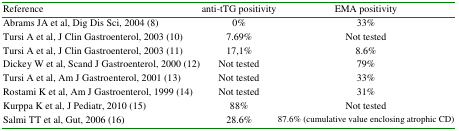
<table><thead><tr><td><b>Reference</b></td><td><b>anti-tTG positivity</b></td><td><b>EMA positivity</b></td></tr></thead><tbody><tr><td>Abrams JA et al, Dig Dis Sci, 2004 (8)</td><td>0%</td><td>33%</td></tr><tr><td>Tursi A et al, J Clin Gastroenterol, 2003 (10)</td><td>7.69%</td><td>Not tested</td></tr><tr><td>Tursi A et al, J Clin Gastroenterol, 2003 (11)</td><td>17,1%</td><td>8.6%</td></tr><tr><td>Dickey W et al, Scand J Gastroenterol, 2000 (12)</td><td>Not tested</td><td>79%</td></tr><tr><td>Tursi A et al, Am J Gastroenterol, 2001 (13)</td><td>Not tested</td><td>33%</td></tr><tr><td>Rostami K et al, Am J Gastroenterol, 1999 (14)</td><td>Not tested</td><td>31%</td></tr><tr><td>Kurppa K et al, J Pediatr, 2010 (15)</td><td>88%</td><td>Not tested</td></tr><tr><td>Salmi TT et al, Gut, 2006 (16)</td><td>28.6%</td><td>87.6% (cumulative value enclosing atrophic CD)</td></tr></tbody></table>